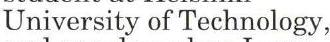
University of Technology,